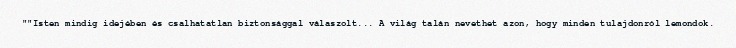
""Isten mindig idejében és csalhatatlan biztonsággal válaszolt... A világ talán nevethet azon, hogy minden tulajdonról lemondok.